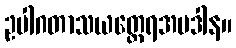
ဥပါဂတာသယတ္ထေရအပဒါန။